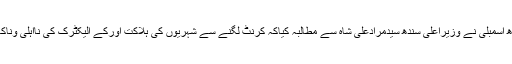
حق پرست اراکین سندھ اسمبلی نے وزیراعلیٰ سندھ سیدمرادعلی شاہ سے مطالبہ کیاکہ کرنٹ لگنے سے شہریوں کی ہلاکت اورکے الیکٹرک کی نااہلی وناکامی کانوٹس لیاجائے ۔